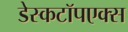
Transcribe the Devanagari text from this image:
डेस्कटॉपएक्स